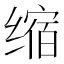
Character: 缩